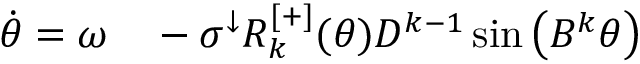
\begin{array} { r l } { \Dot { \theta } = \omega } & { { } - \sigma ^ { \downarrow } R _ { k } ^ { [ + ] } ( \theta ) D ^ { k - 1 } \sin \left( B ^ { k } \theta \right) } \end{array}